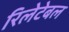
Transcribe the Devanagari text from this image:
रिलेटेबल